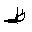
Letter: _za